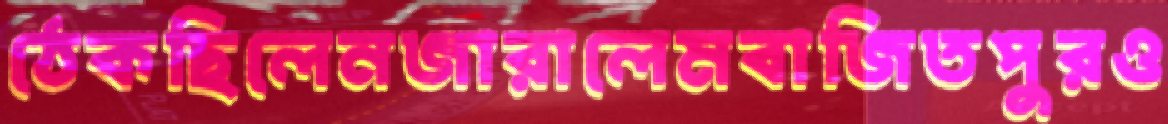
ঠেকছিলেনজারালেমবাজিতপুরও